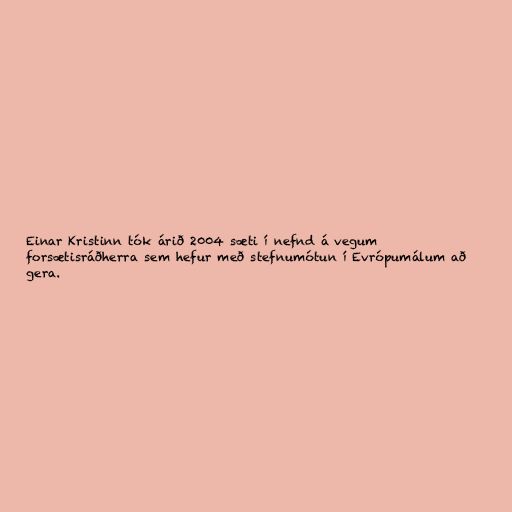
Einar Kristinn tók árið 2004 sæti í nefnd á vegum
forsætisráðherra sem hefur með stefnumótun í Evrópumálum að
gera.